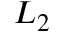
L _ { 2 }